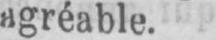
agréable.